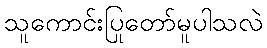
သူကောင်းပြုတော်မူပါသလဲ